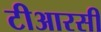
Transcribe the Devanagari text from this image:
टीआरसी